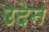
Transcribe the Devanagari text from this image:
उदेन